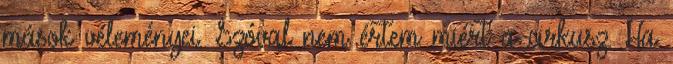
mások véleményei. Szóval nem értem miért a cirkusz. Ha